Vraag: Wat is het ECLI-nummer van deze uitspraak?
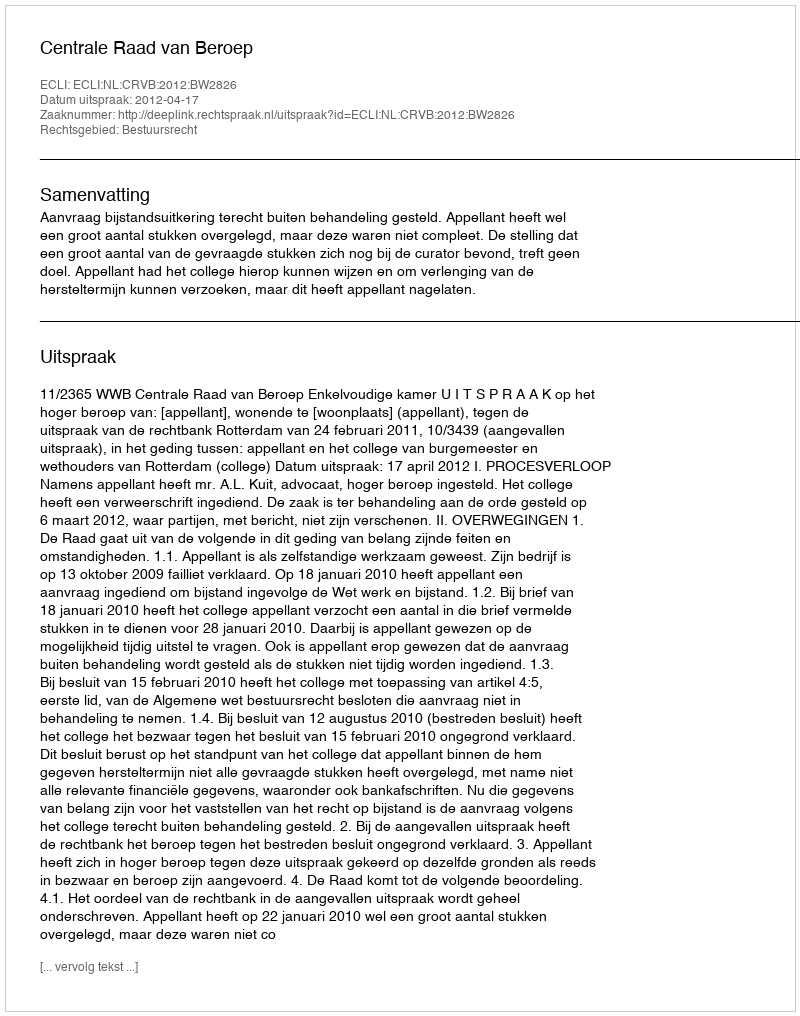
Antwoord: ECLI:NL:CRVB:2012:BW2826